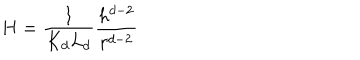
H = \frac { 1 } { K _ { d } L _ { d } } \frac { h ^ { d - 2 } } { r ^ { d - 2 } }